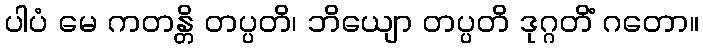
ပါပံ မေ ကတန္တိ တပ္ပတိ၊ ဘိယျော တပ္ပတိ ဒုဂ္ဂတိံ ဂတော။